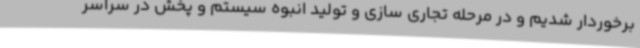
برخوردار شدیم و در مرحله تجاری سازی و تولید انبوه سیستم و پخش در سراسر